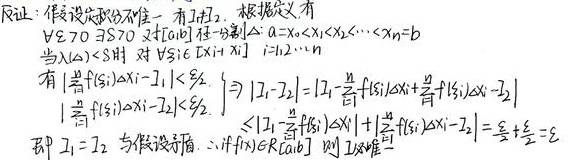
证：假设定积分不唯一，有\(I_1\neq I_2\)。
根据定义有\(\forall \varepsilon>0,\exists \delta > 0\)，对\([a,b]\) 任一分割 \(\Delta:a = x_0<x_1<x_2<\cdots<x_n = b\)，当 \(\lambda(\Delta)<\delta\) 时，对 \(\forall \xi_i\in[x_{i - 1},x_i]\)，\(i = 1,2,\cdots,n\)有 \(\left|\sum_{i = 1}^{n}f(\xi_i)\Delta x_i-I_1\right|<\frac{\varepsilon}{2}\)，\(\left|\sum_{i = 1}^{n}f(\xi_i)\Delta x_i - I_2\right|<\frac{\varepsilon}{2}\)。

\[\begin{align*}
|I_1 - I_2|&=\left|I_1-\sum_{i = 1}^{n}f(\xi_i)\Delta x_i+\sum_{i = 1}^{n}f(\xi_i)\Delta x_i - I_2\right|\\
&\leq\left|I_1-\sum_{i = 1}^{n}f(\xi_i)\Delta x_i\right|+\left|\sum_{i = 1}^{n}f(\xi_i)\Delta x_i - I_2\right|\\
&<\frac{\varepsilon}{2}+\frac{\varepsilon}{2}=\varepsilon
\end{align*}\]

即 \(I_1 = I_2\)，与假设矛盾。\(\therefore\) 若 \(f(x)\in R[a,b]\)，则 \(I\) 唯一。